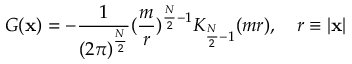
G ( \mathbf { x } ) = - \frac { 1 } { ( 2 \pi ) ^ { \frac { N } { 2 } } } ( \frac { m } { r } ) ^ { \frac { N } { 2 } - 1 } K _ { \frac { N } { 2 } - 1 } ( m r ) , \quad r \equiv | \mathbf { x } |